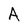
Character: A